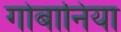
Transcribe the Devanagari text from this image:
गोबानिया